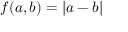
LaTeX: f ( a , b ) = | a - b |